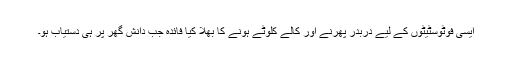
ایسی فوٹوسٹیٹوں کے لیے دربدر پھرنے اور کالے کلوٹے ہونے کا بھلا کیا فائدہ جب دانش گھر پر ہی دستیاب ہو۔